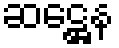
ဆဋ္ဌေန